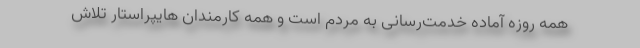
همه روزه آماده خدمت‌رسانی به مردم است و همه کارمندان هایپراستار تلاش